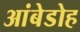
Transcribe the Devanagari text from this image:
आंबेडोह